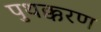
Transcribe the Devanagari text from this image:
पुथक्करण